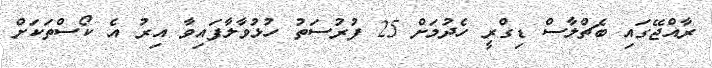
ރާއްޖޭގައި ބެޗްލާސް ޑިގްރީ ހެދުމަށް 25 ފުރުސަތު ހުޅުވާލާފައިވާ އިރު އެ ކޯސްތަކަށް